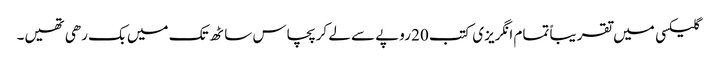
گلیکسی میں تقریباً تمام انگریزی کتب 20 روپے سے لے کر پچاس ساٹھ تک میں بک رھی تھیں۔